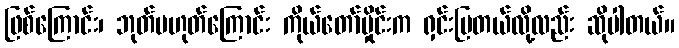
ဖြစ်ကြောင်း၊ ဘုတ်မဟုတ်ကြောင်း ကိုယ်တော်မှိုင်းက ရှင်းပြတယ်လို့လည်း ဆိုပါတယ်။